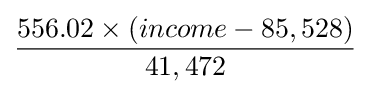
556.02\times (income-85,528) \over 41,472